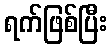
ရက်ဖြစ်ပြီး